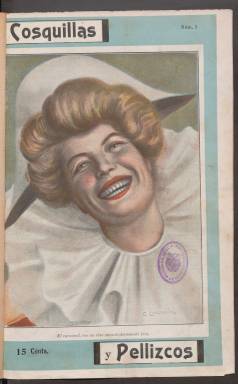
Título: Cosquillas y pellizcos
Colección: Revistas licenciosas || Revistas satíricas y humorísticas
Ámbito geográfico: Barcelona
Lugar de publicación: Barcelona
Fechas: 01/03/1905-12/07/1905